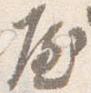
屋